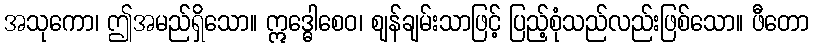
အသုကော၊ ဤအမည်ရှိသော။ ဣဒ္ဓေါစေဝ၊ ဈန်ချမ်းသာဖြင့် ပြည့်စုံသည်လည်းဖြစ်သော။ ဖီတော